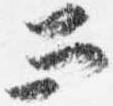
而